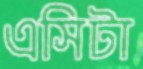
এসিটা